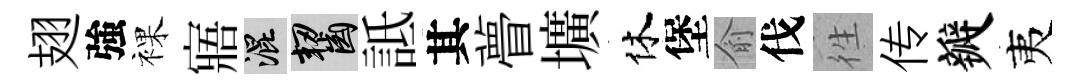
翅強裸寤混齧詆其瞢壙休堡俞伐徃传瓣夷